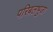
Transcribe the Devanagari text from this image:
परिबलभुजा